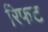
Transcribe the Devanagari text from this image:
रिफट